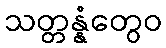
သတ္တန္နံတွေဝ